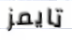
تايمز